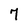
Character: 7